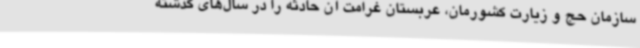
سازمان حج و زیارت کشورمان، عربستان غرامت آن حادثه را در سال‌های گذشته